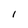
Character: l